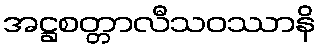
အဋ္ဌစတ္တာလီသဝဿာနိ